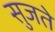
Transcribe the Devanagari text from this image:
सुजते